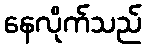
နေလိုက်သည်